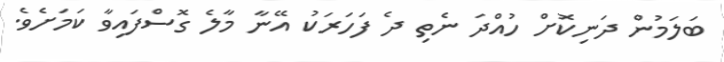
ބަލަމުން ދަނިކޮށް ހުއްދަ ނެތި ދެ ފަހަރަކު އޭނާ މާލެ ގޮސްފައިވާ ކަމަށެވެ.